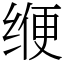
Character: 缏